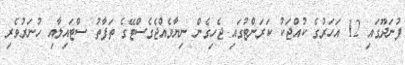
ފުނަދޫގައި 12 އަހަރުގެ ކުއްޖަކު ކަރަންޓުގައި ޖެހިގެން ނިޔާވެއްޖެގެސްޓޭގެ ތަފާތު ސްޓައިލާއި ހުނަރުވެރި